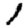
Digit: 1